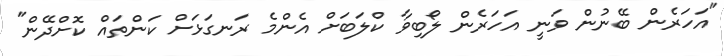
"އަހަރެން ބޭނުން ވަނީ އަހަރެން ލޯބިވާ ކްލަބަށް އެންމެ ރަނގަޅަށް ކަންތައް ކޮށްދޭން"